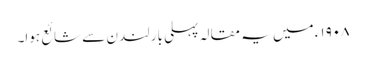
١٩٠٨ء میں یہ مقالہ پہلی بار لندن سے شائع ہوا۔